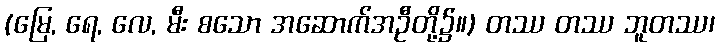
(မြေ, ရေ, လေ, မီး စသော အဆောက်အဦတို့၌။) တဿ တဿ ဘူတဿ၊